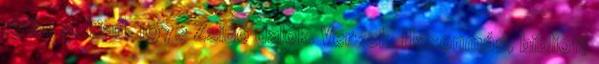
1961; 2. kiad. 1972 Zsidó dalok. Versek. Hasonmás, bibliofil